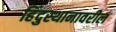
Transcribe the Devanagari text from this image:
हिंदुस्थानावरील